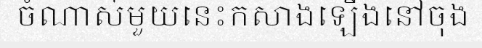
ចំណាស់មួយនេះកសាងឡើងនៅចុង